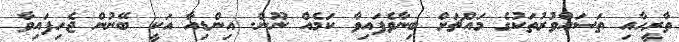
ތާރީހާއި ތަސައްވުރުތަކުގެ މައްޗަށް ބިނާވެފައިވާ ކަމެއް ނޫން. އިންޑިއާ އަކީ ބޭނުން ޖެހިފައިވާ